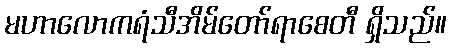
မဟာလောကရံသီအိမ်တော်ရာစေတီ ရှိသည်။